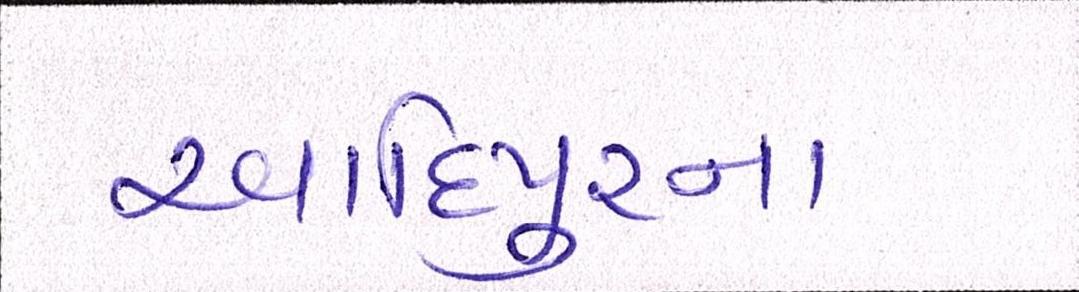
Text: આદિપુરના